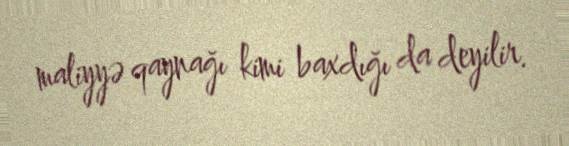
maliyyə qaynağı kimi baxdığı da deyilir.